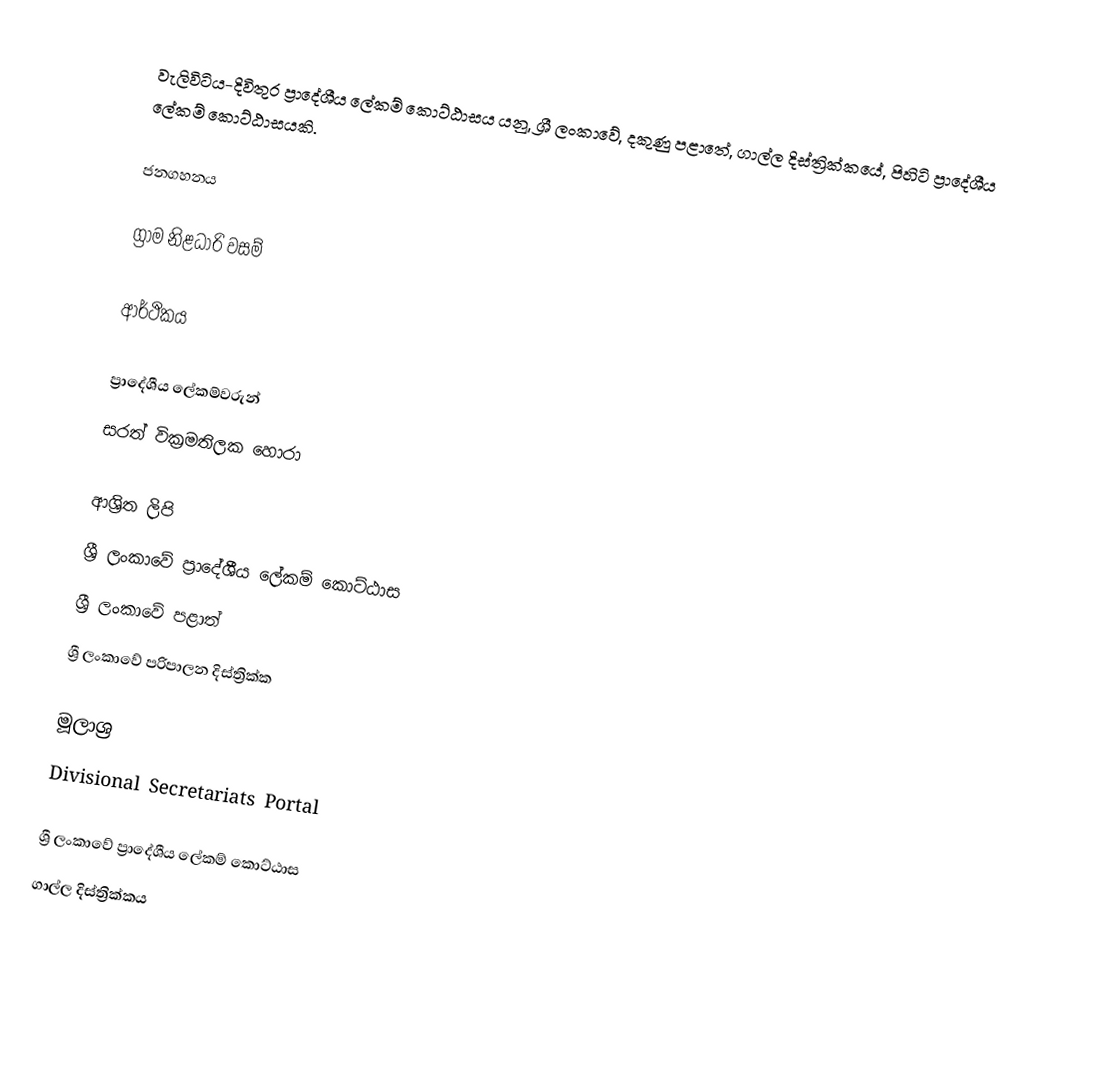
වැලිවිටිය-දිවිතුර ප්‍රාදේශීය ලේකම් කොට්ඨාසය යනු,  ශ්‍රී ලංකාවේ, දකුණු පළාතේ,   ගාල්ල දිස්ත්‍රික්කයේ, පිහිටි ප්‍රාදේශීය ලේකම් කොට්ඨාසයකි.

ජනගහනය

ග්‍රාම නිළධාරි වසම්

ආර්ථිකය

ප්‍රාදේශීය ලේකම්වරුන්
සරත් වික්‍රමතිලක හොරා

ආශ්‍රිත ලිපි
ශ්‍රී ලංකාවේ ප්‍රාදේශීය ලේකම් කොට්ඨාස
ශ්‍රී ලංකාවේ පළාත්
ශ්‍රී ලංකාවේ පරිපාලන දිස්ත්‍රික්ක

මූලාශ්‍ර
 Divisional Secretariats Portal

ශ්‍රී ලංකාවේ ප්‍රාදේශීය ලේකම් කොට්ඨාස
ගාල්ල දිස්ත්‍රික්කය